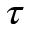
\tau